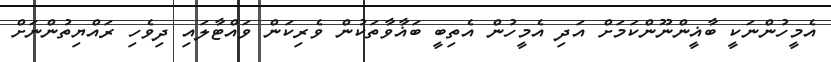
އެމީހުންނަކީ ބާޣީންނޫންކަމަށް އަދި އެމީހުން އެތިބީ ބަޣާވާތަކުން ވެރިކަން ވައްޓާލައި ދިވެހި ރައްޔިތުންނަށް